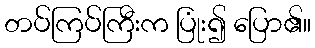
တပ်ကြပ်ကြီးက ပြုံး၍ ပြော၏။